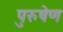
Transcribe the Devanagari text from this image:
पुरुषेण